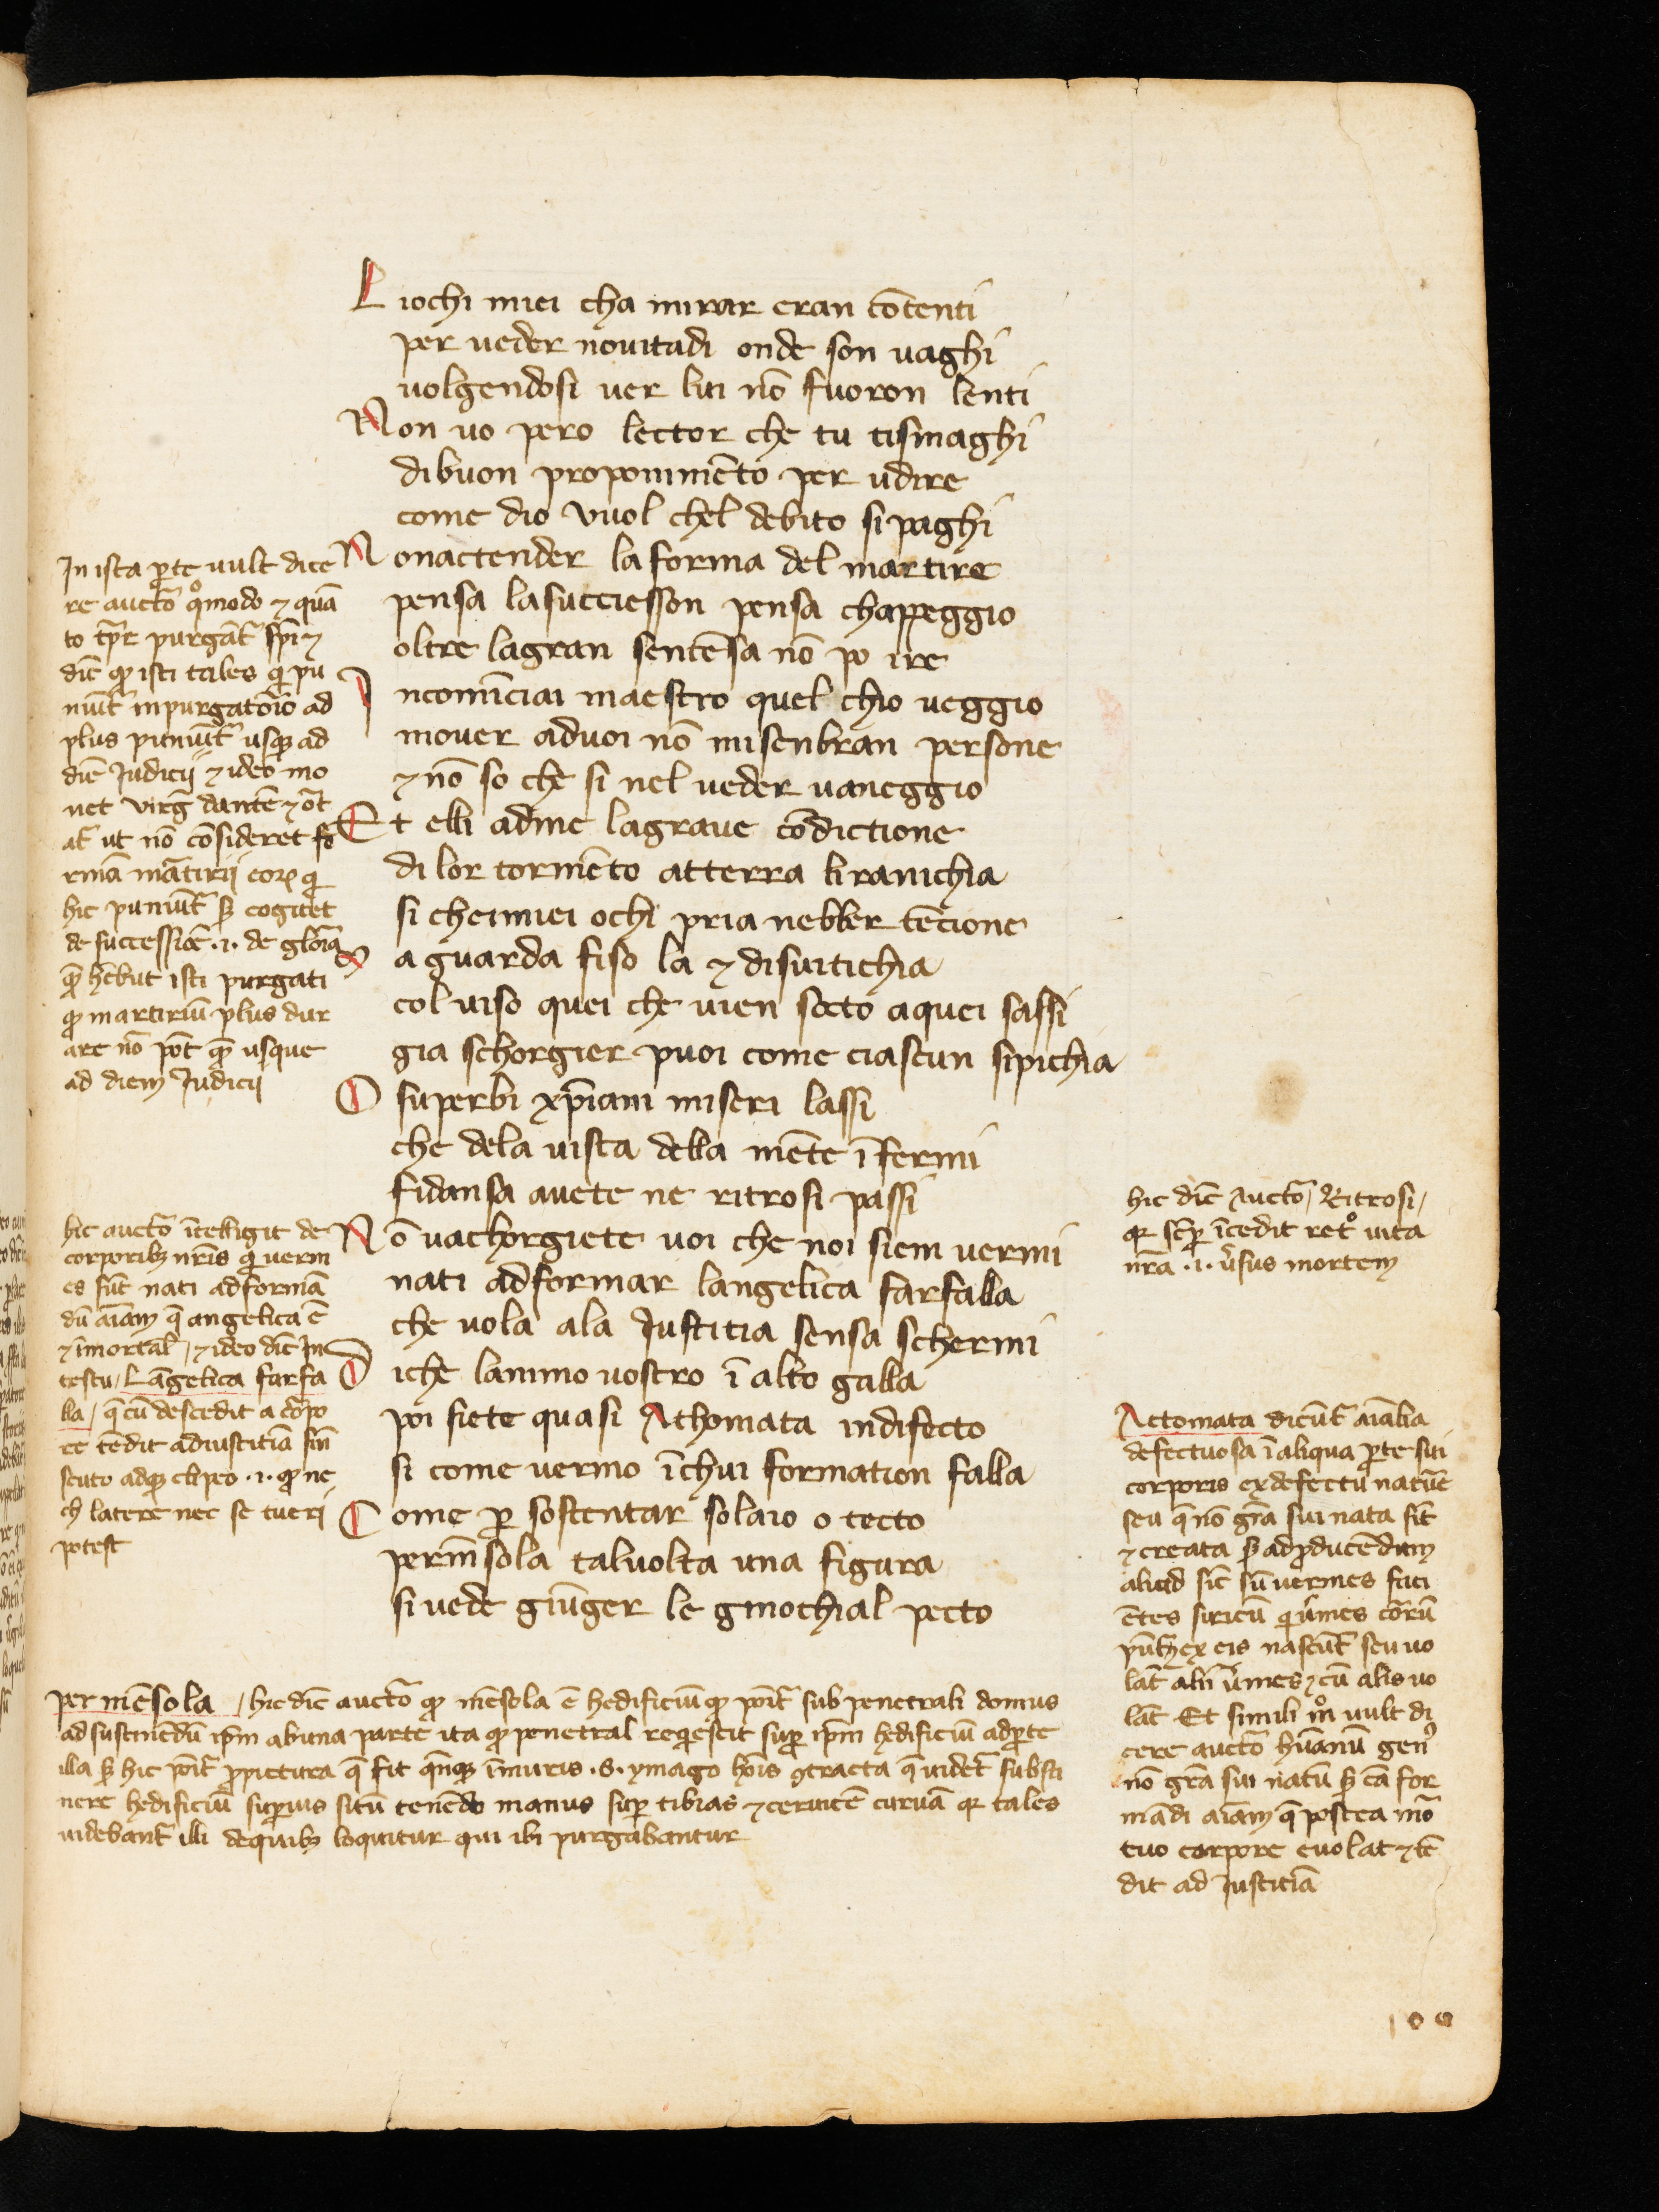
Shelfmark: Cologny-Geneve, Fondation Martin Bodmer, Cod. Bodmer 55
Century: 14